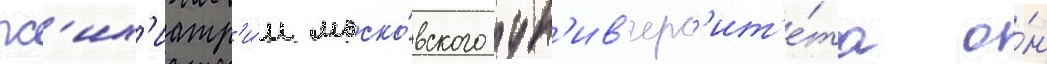
пс'их'иатр'и́и моско́вского ун'ив'ерс'ит'е́та о́н